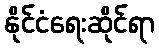
နိုင်ငံရေးဆိုင်ရာ